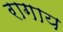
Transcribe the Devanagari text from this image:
रागाय